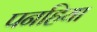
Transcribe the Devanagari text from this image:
पनहिया